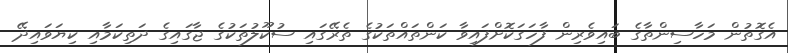
އެގޮތުން މަހާސިންތާގެ ބައިވެރިން ފާހަގަކޮށްފައިވާ ކަންތައްތަކުގެ ތެރޭގައި ސުކޫލުތަކުގެ ޖާގައިގެ ދަތިކަމާއި ކިޔަވައިދޭ